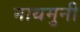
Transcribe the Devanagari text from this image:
नाथमुनी